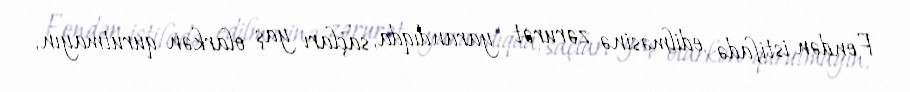
Fendən istifadə edilməsinə zərurət yarandıqda, saçları yaş olarkən qurutmayın,